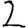
Digit: 2